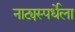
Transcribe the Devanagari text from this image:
नाट्यस्पर्धेला